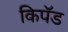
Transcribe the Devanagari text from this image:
किपॅड